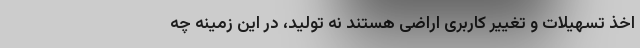
اخذ تسهیلات و تغییر کاربرى اراضى هستند نه تولید، در این زمینه چه